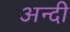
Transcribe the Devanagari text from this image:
अन्दी